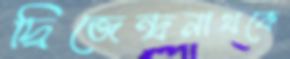
দ্বিজেন্দ্রনাথকে